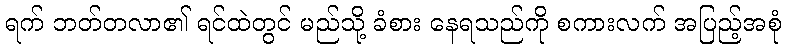
ရက် ဘတ်တလာ၏ ရင်ထဲတွင် မည်သို့ ခံစား နေရသည်ကို စကားလက် အပြည့်အစုံ